Medical and sanitary report of the native army of Bengal for the year
Year: 1877
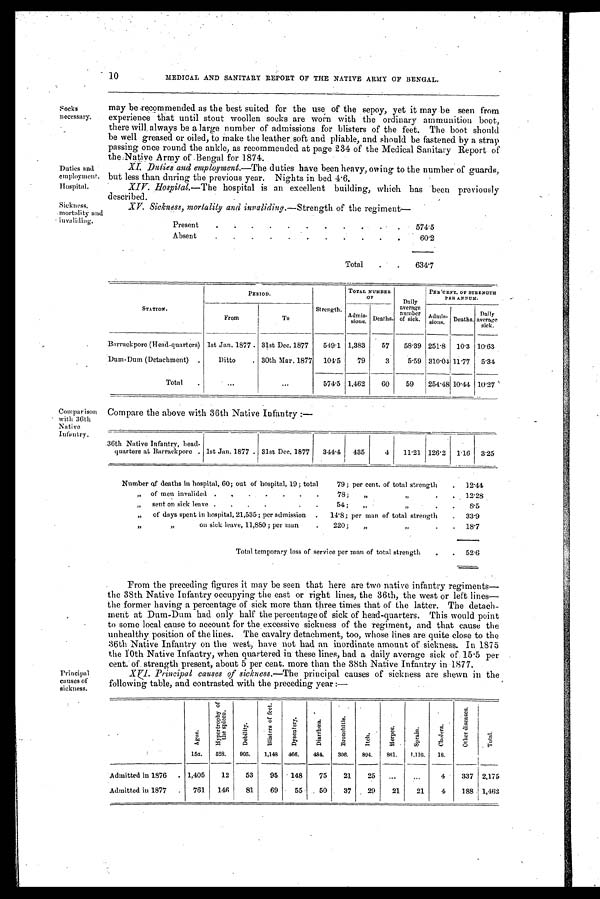
10
MEDICAL AND SANITARY REPORT OF THE NATIVE ARMY OF BENGAL.
Socks
necessary.
Duties and
employment.
Hospi tal.
Sickness, mortality an
d invaliding.
Compar i son
with 36th
Native
Infantry.
Principal
causes of
sickness.
may be recommended as the best suited for the use of the sepoy, yet it may be seen from
experience that until stout woollen socks are worn with the ordinary ammunition boot,
there will . always be a large number of admissions for blisters of the feet. The boot should
be well greased or oiled, to make the leather soft and pliable, and should be fastened by a strap
passing once round the ankle, as recommended at page 234 of the Medical Sanitary Report of
the Native Army of Bengal for 1874.
XI. Duties and employment.— The duties have been heavy, owing to the number of guards,
but less than during the previous year. Nights in bed 4.6
.
XIV. Hospital.—The hospital is an excellent building, which has been previously
described.
XV. Sickness, morlialily and invaliding.—S t r e n g t h
o f t h e r e g i m e n t -
Present
574.5
Absent
60.2
Total
634.7
STATION.
P E R I O D .
Strength.
TOTAL NUMBER
OF
Daily
average
number
of sick.
PER'CENT. OF STRENGTH
PER ANNUM.
From
To
Admis-
sions.
Deaths.
Admis- sions
.
Deaths.
Daily
average
sick.
Barrackpore (Head-quarters) 1st Jan. 1877 31st Dec. 1877
549.1 1,383
57
58.39 251.8
10.3 10.63
Dum-Dum (Detachment)
Ditto
30th Mar. 1877
104.5
79
3
5.59 310.04 11.77
5.34
Total
. . .
. . .
574.5 1,462
60
59
254.48 10.44 10.27
Compare the above with 36th Native Infantry :—
36th Native Infantry, head-
quarters at Barrackpore
1st Jan. 1877.
31st Dec. 1877
344.4
435
4
11.21 126.2
1.16
3.25
Number of deaths in hospital, 60; out of hospital, 19 ; total 79 ; per cent. of total strength
1 2 . 4 4
,, of men invalided 78 ; ,, ,,
1 2 . 2 8
,, sent on sick leave 54 ; ,, ,,
8 . 5
,, of days spent in hospital, 21,535 ; per admission 14.8 ; per man of total strength
3 3 . 9
,, on sick leave, 11,880; per man 220 ; ,, ,,
1 8 . 7
Total temporary loss of service per man of total strength
5 2 . 6
From the preceding figures it ma y be seen that here are two native infantry regiments
-
the 38th Native Infantry occupying the east or right lines, the 36th, the west or left lines—
the former having a percentage of sick more than three times that of the latter. The detach
- m e n t a t D u m - D u m h a d o n l y h a l f t h e p e r c e n t a g e o f s i c k o f h e a d - q u a r t e r s . T h i s w o u l d p o i n t
to some local cause to account for the excessive sickness of the regiment, and that cause the
unhealthy position of the lines. The cavalry detachment, too, whose lines are quite close to the
36th Native Infantry on the west, have not had an inordinate amount of sickness. In 1875
the 10th Native Infantry, when quartered in these lines, had a daily average sick of 15.5 per
cent. of strength present, about 5 per cent. more than the 38th Native Infantry in 1877.
XVI. Principal causes of sickness.— The principal causes of sickness are shewn in the
following table, and contrasted with the preceding year :—
A g u e .
1 5 a .
H y p e r t r o p h y o f t h e s p l e e n .
5 2 8 .
D e b i l i t y .
9 0 5 .
B l i s t e r s o f f e e t .
1 , 1 4 8
D y s e n t e r y .
4 6 6 .
D i a r r h o e a .
4 8 4 .
B r o n e h i t i s .
3 0 5 .
I t c h .
8 9 4 .
H e r p e s .
8 6 1 .
S p r a i n .
1 , 1 1 6 .
C h o l e r a .
1 8 .
O t h e r d i s e a s e s .
T o t a l .
Admitted in 1876
1,405
12
53
95
148
75
21
25
. . .
. . .
4
337 2,175
Admitted in 1877
761
146
81
69
55
50
37
29
21
21
4
188 1,462